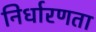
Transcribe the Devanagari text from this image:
निर्धारणता